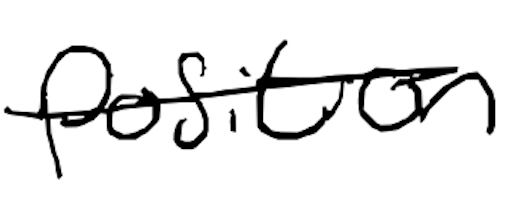
Text: position
Cross-out: single-line
Writing tool: digital_black